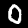
Label: 0